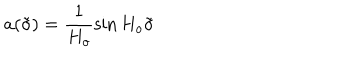
LaTeX: a ( \tilde { \sigma } ) = \frac { 1 } { H _ { o } } \sin H _ { o } \tilde { \sigma }